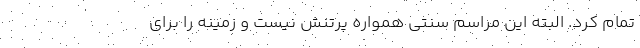
تمام کرد. البته این مراسم سنتی همواره پرتنش نیست و زمینه را برای